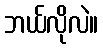
ဘယ်လိုလဲ။